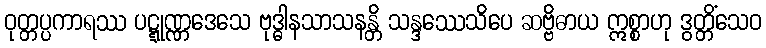
ဝုတ္တပ္ပကာရဿ ပဋ္ဋုဏ္ဏဒေသေ ဗုဒ္ဓါနသာသနန္တိ သန္ဒဿေသိပေ ဆဗ္ဗိဓာယ ဣစ္စာဟု ဒွတ္တိံသေဝ